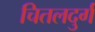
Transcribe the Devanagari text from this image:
चितलदुर्ग